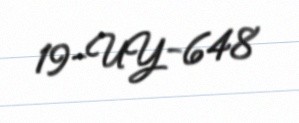
19-UY-648